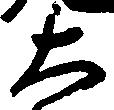
大